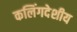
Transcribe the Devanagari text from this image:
कलिंगदेशीय